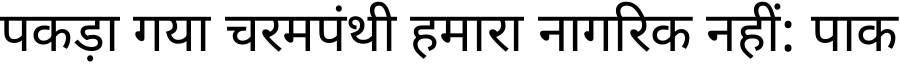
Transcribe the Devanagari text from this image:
पकड़ा गया चरमपंथी हमारा नागरिक नहीं: पाक